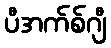
ပီအက်စ်ဂျီ